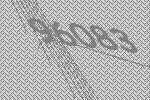
96083